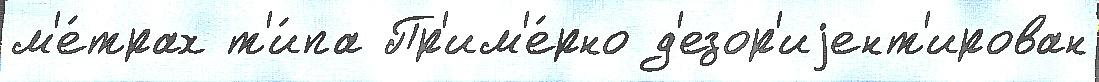
м'е́трах т'и́па Пр'им'е́рно д'езор'иjент'ирован